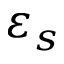
\varepsilon _ { s }